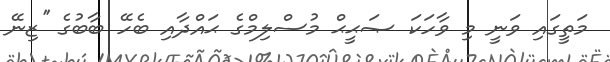
މަތީގައި ވަނީ މި ވާހަކަ ޞަޙީޙް މުސްލިމްގެ ޙައްދާއި ބެހޭ ބާބުގެ ''ޒިނޭ